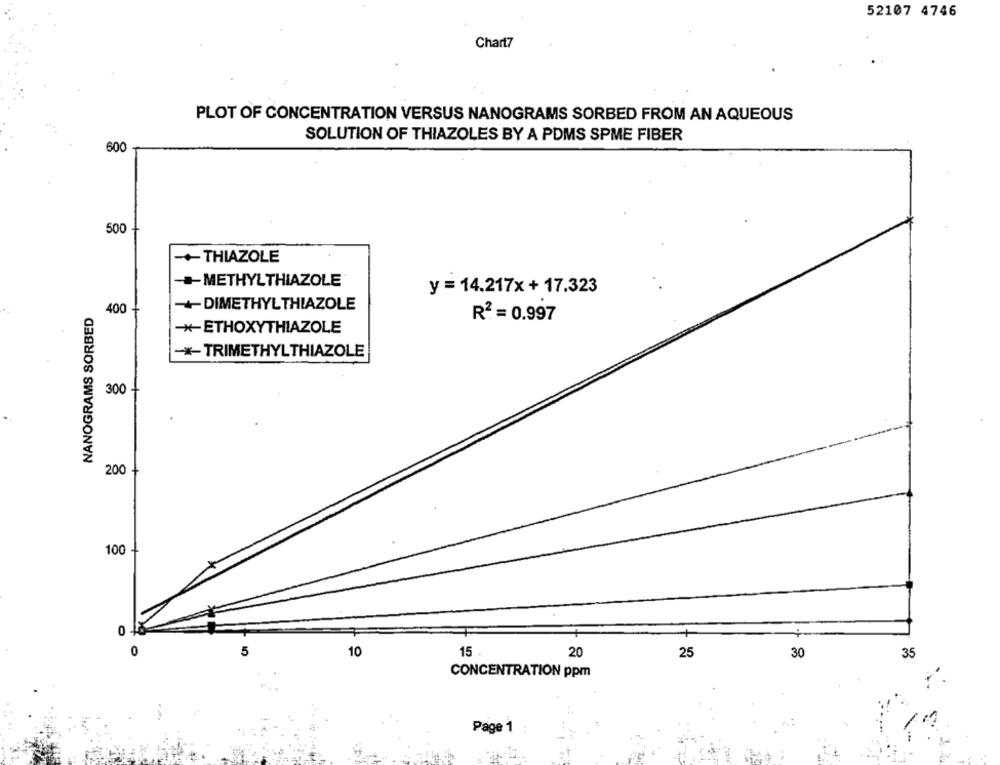
52107 4746
Chart7
PLOT OF CONCENTRATION VERSUS NANOGRAMS SORBED FROM AN AQUEOUS
SOLUTION OF THIAZOLES BY A PDMS SPME FIBER
600
500
-+ THIAZOLE
-METHYLTHIAZOLE
y = 14.217x+17.323
-+DIMETHYLTHIAZOLE
NANOGRAMS SORBED
400 -
R2 = 0.997
*- ETHOXYTHIAZOLE
-*- TRIMETHYLTHIAZOLE
300
200-
100
0
5
10
15 .
20
25
30
35
CONCENTRATION ppm
Page 1